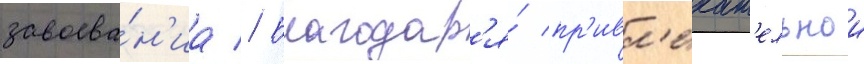
завоева́н'иа // Благодар'я́ пр'ивл'екат'ельнои